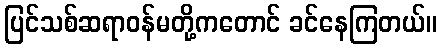
ပြင်သစ်ဆရာဝန်မတို့ကတောင် ခင်နေကြတယ်။